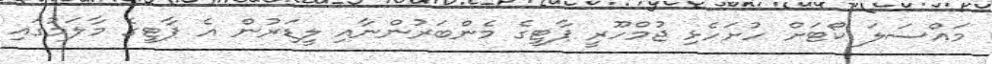
މައްސަލަ ކޯޓަށް ހުށަހެޅި ޖުމްހޫރީ ޕާޓީގެ މެންބަރުންނާއި ލީޑަރުން އެ ޕާޓީގެ މާލަމުގައި